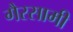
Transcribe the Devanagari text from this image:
गैरसामी